Emmaste_vallavalitsus, lk 26
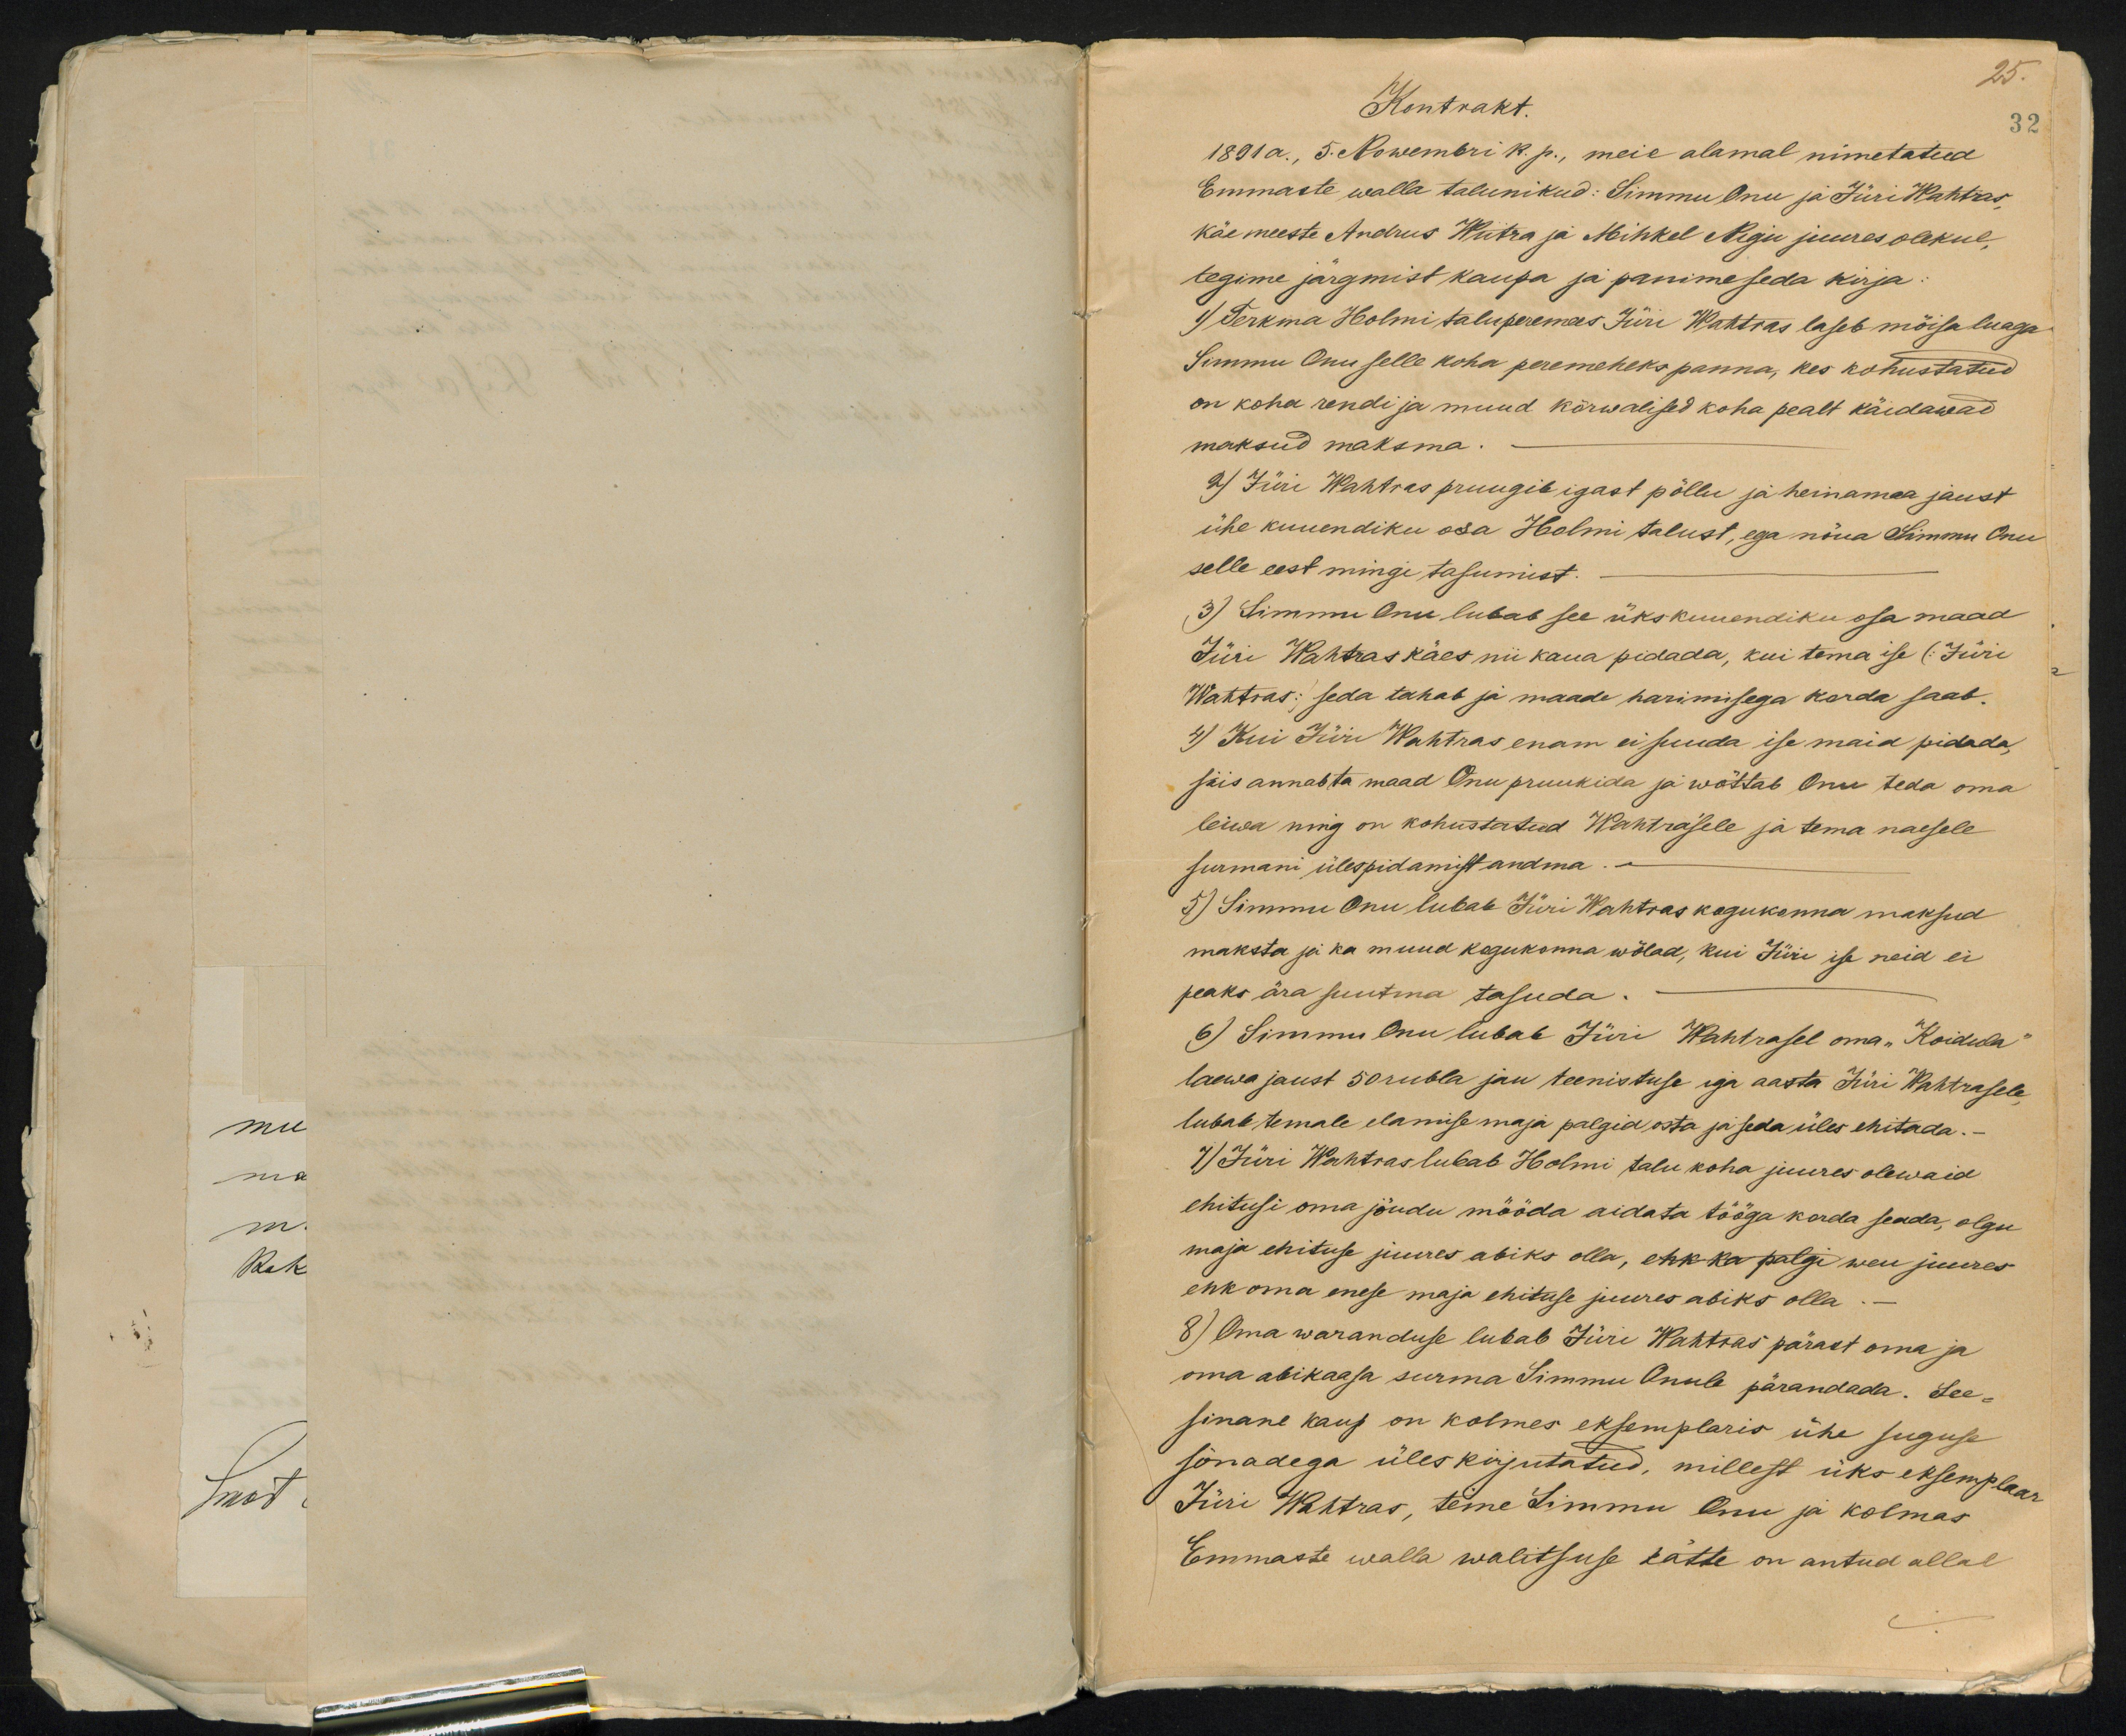
Kontrakt.
25.
32
1891 a, 5. Nowembri k. p., meie alamal nimetatud
Emmaste walla talunikud: Simmu Onu ja Jüri Wahtras,
käe meeste Andrus Wiitra ja Mihkel Rigu juures olekul,
tegime järgmist kaupa ja panime seda kirja:
1) Terkma Holmi taluperemees Jüri Wahtras laseb mõisa luaga
Simmu Onu selle koha peremeheks panna, kes kohustatud
on koha rendi ja muud kõrwalised koha pealt käidawad
maksud maksma.
2) Jüri Wahtras pruugib igast põllu ja heinamaa jaust
ühe kuuendiku osa Holmi talust, ega nõua Simmu Onu
selle eest mingi tasumist.
3) Simmu Onu lubab see üks kuuendiku osa maad
Jüri Wahtras käes nii kaua pidada, kui tema ise (Jüri
Wahtras) seda tahab ja maade harimisega korda saab.
4) Kui Jüri Wahtras enam ei suuda ise maid pidada
siis annab ta maad Onu pruukida ja wõttab Onu teda oma
leiwa ning on kohustatud Wahtrasele ja tema naesele
surmani ülespidamist andma. -
5) Simmu Onu lubab Jüri Wahtras kogukonna maksud
maksta ja ka muud kogukonna wõlad, kui Jüri ise neid ei
peaks ära suutma tasuda.
6) Simmu Onu lubab Jüri Wahtrasel oma "Koidula"
laewa jaust 50 rubla jau teenistuse iga aasta Jüri Wahtrasele,
lubab temale elamise maja palgid osta ja seda üles ehitada.
7) Jüri Wahtras lubab Holmi talu koha juures olewaid
ehitusi oma jõudu mööda aidata tööga korda seada, olgu
maja ehituse juures abiks olla, ehk ka palgi weu juures
ehk oma enese maja ehituse juures abiks olla.
8) Oma waranduse lubab Jüri Wahtras pärast oma ja
oma abikaasa surma Simmu Onule pärandada. See-
sinane kaup on kolmes eksemplaris ühe suguse
sõnadega üleskirjutatud, millest üks eksemplaa-
Jüri Wahtras, teine Simmu Onu ja kolmas
Emmaste walla walitsuse kätte on antud allal